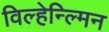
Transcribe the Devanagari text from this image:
विल्हेन्ल्मिन